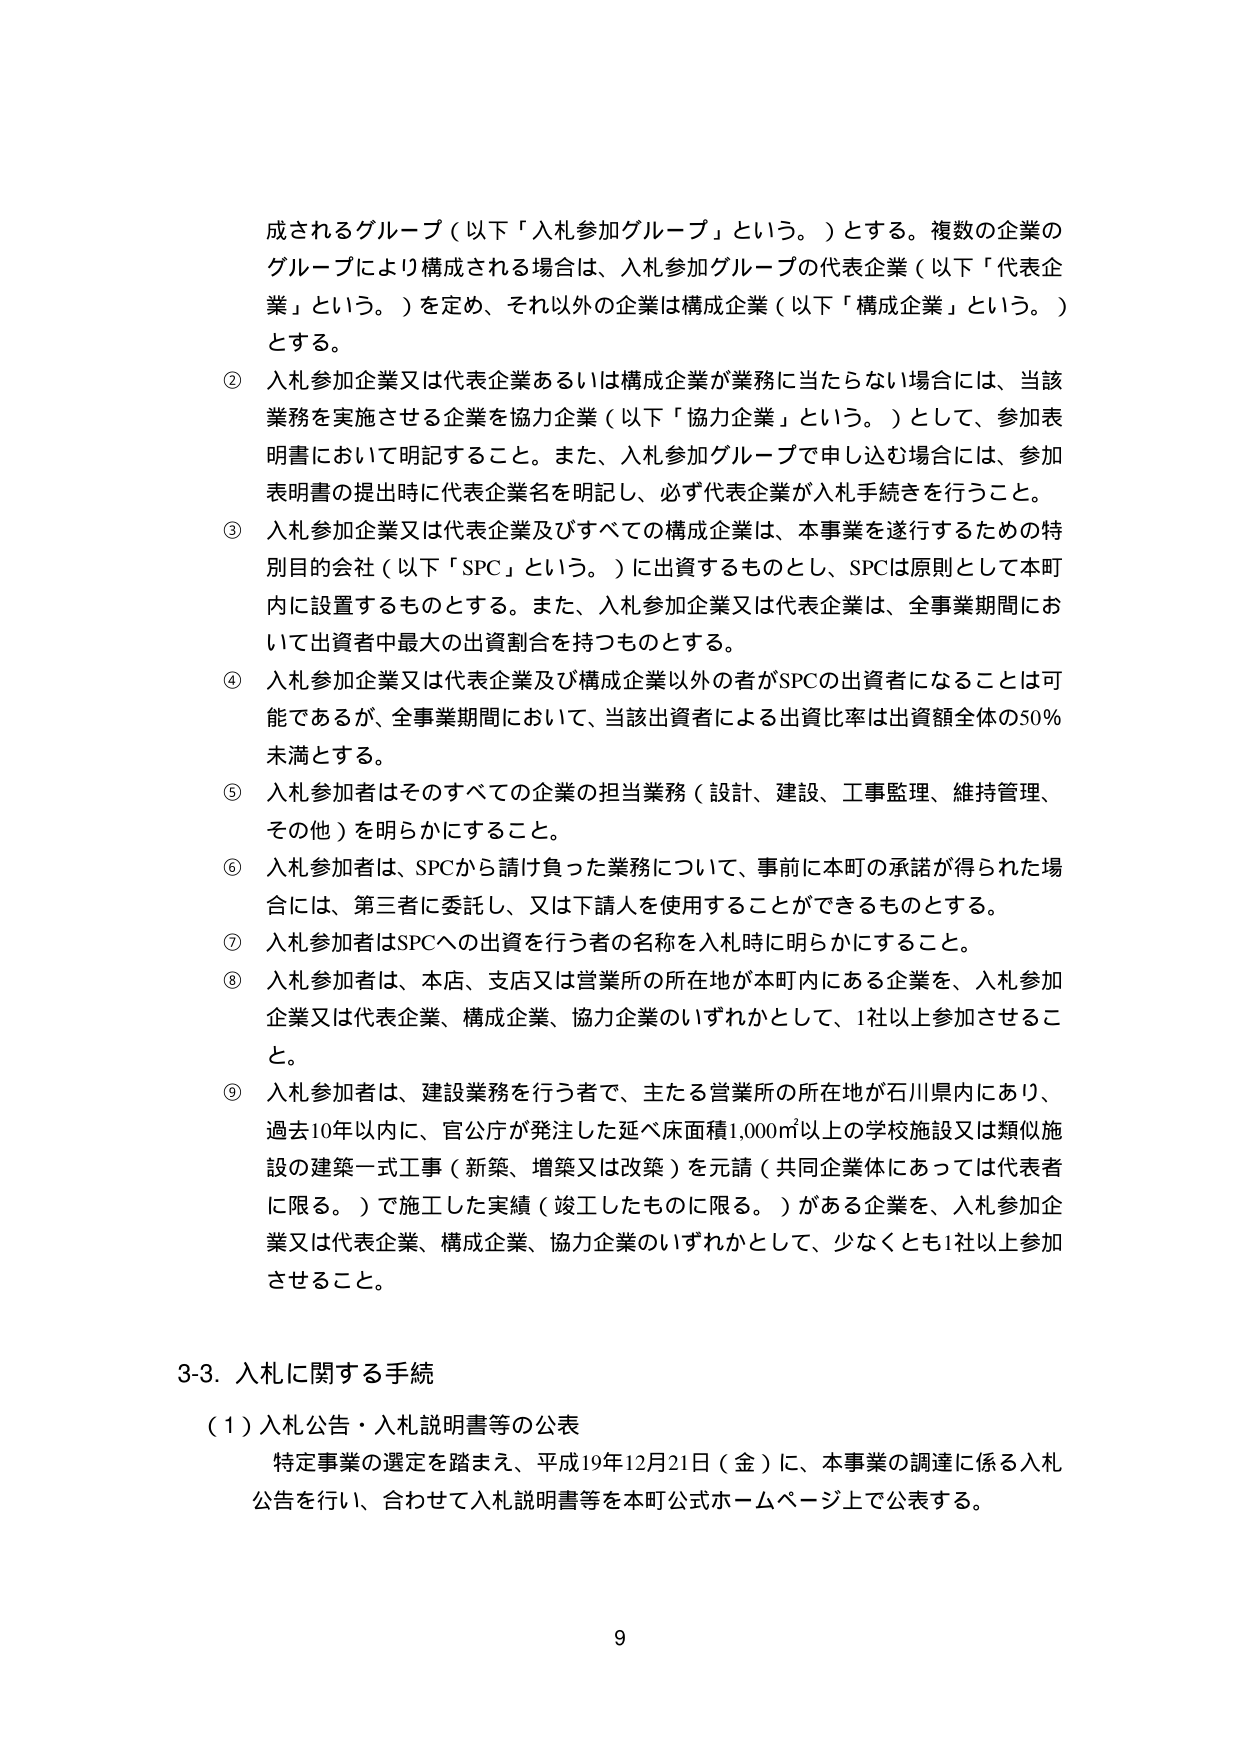
成されるグループ（以下「入札参加グループ」という。）とする。複数の企業の
グループにより構成される場合は、入札参加グループの代表企業（以下「代表企業」という。）を定め、それ以外の企業は構成企業（以下「構成企業」という。）とする。

② 入札参加企業又は代表企業あるいは構成企業が業務に当たらない場合には、当該業務を実施させる企業を協力企業（以下「協力企業」という。）として、参加表明書において明記すること。また、入札参加グループで申し込む場合には、参加表明書の提出時に代表企業名を明記し、必ず代表企業が入札手続きを行うこと。

③ 入札参加企業又は代表企業及びすべての構成企業は、本事業を遂行するための特別目的会社（以下「SPC」という。）に出資するものとし、SPCは原則として本町内に設置するものとする。また、入札参加企業又は代表企業は、全事業期間において出資者中最大の出資割合を持つものとする。

④ 入札参加企業又は代表企業及び構成企業以外の者がSPCの出資者になることは可能であるが、全事業期間において、当該出資者による出資比率は出資額全体の50％未満とする。

⑤ 入札参加者はそのすべての企業の担当業務（設計、建設、工事監理、維持管理、その他）を明らかにすること。

⑥ 入札参加者は、SPCから請け負った業務について、事前に本町の承諾が得られた場合には、第三者に委託し、又は下請人を使用することができるものとする。

⑦ 入札参加者はSPCへの出資を行う者の名称を入札時に明らかにすること。

⑧ 入札参加者は、本店、支店又は営業所の所在地が本町内にある企業を、入札参加企業又は代表企業、構成企業、協力企業のいずれかとして、1社以上参加させること。

⑨ 入札参加者は、建設業務を行う者で、主たる営業所の所在地が石川県内にあり、過去10年以内に、官公庁が発注した延べ床面積1,000㎡以上の学校施設又は類似施設の建築一式工事（新築、増築又は改築）を元請（共同企業体にあっては代表者に限る。）で施工した実績（竣工したものに限る。）がある企業を、入札参加企業又は代表企業、構成企業、協力企業のいずれかとして、少なくとも1社以上参加させること。

3-3. 入札に関する手続

（1）入札公告・入札説明書等の公表
特定事業の選定を踏まえ、平成19年12月21日（金）に、本事業の調達に係る入札公告を行い、合わせて入札説明書等を本町公式ホームページ上で公表する。

9